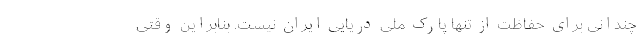
چندانی برای حفاظت از تنها پارک ملی دریایی ایران نیست. بنابراین وقتی